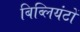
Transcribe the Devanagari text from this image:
बिब्लियंटों